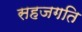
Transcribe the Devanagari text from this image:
सहजगति